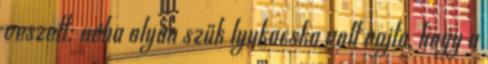
veszett; néha olyan szűk lyukacska volt rajta, hogy a